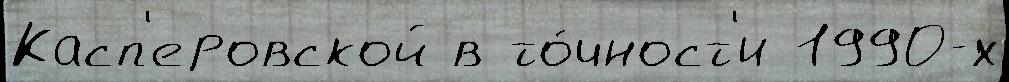
Касп'еровской в то́чност'и 1990-х